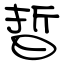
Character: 晢